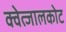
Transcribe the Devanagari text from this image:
क्वेत्जालकोट